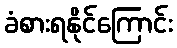
ခံစားရနိုင်ကြောင်း